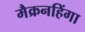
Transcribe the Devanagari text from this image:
मैक्रनहिंगा